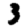
Digit: 3